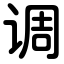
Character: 调